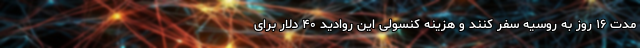
مدت ۱۶ روز به روسیه سفر کنند و هزینه کنسولی این روادید ۴۰ دلار برای